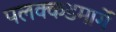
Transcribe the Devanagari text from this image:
पलक्कडमार्गे